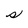
Character: s